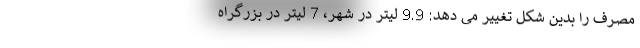
مصرف را بدین شکل تغییر می دهد: 9.9 لیتر در شهر، 7 لیتر در بزرگراه